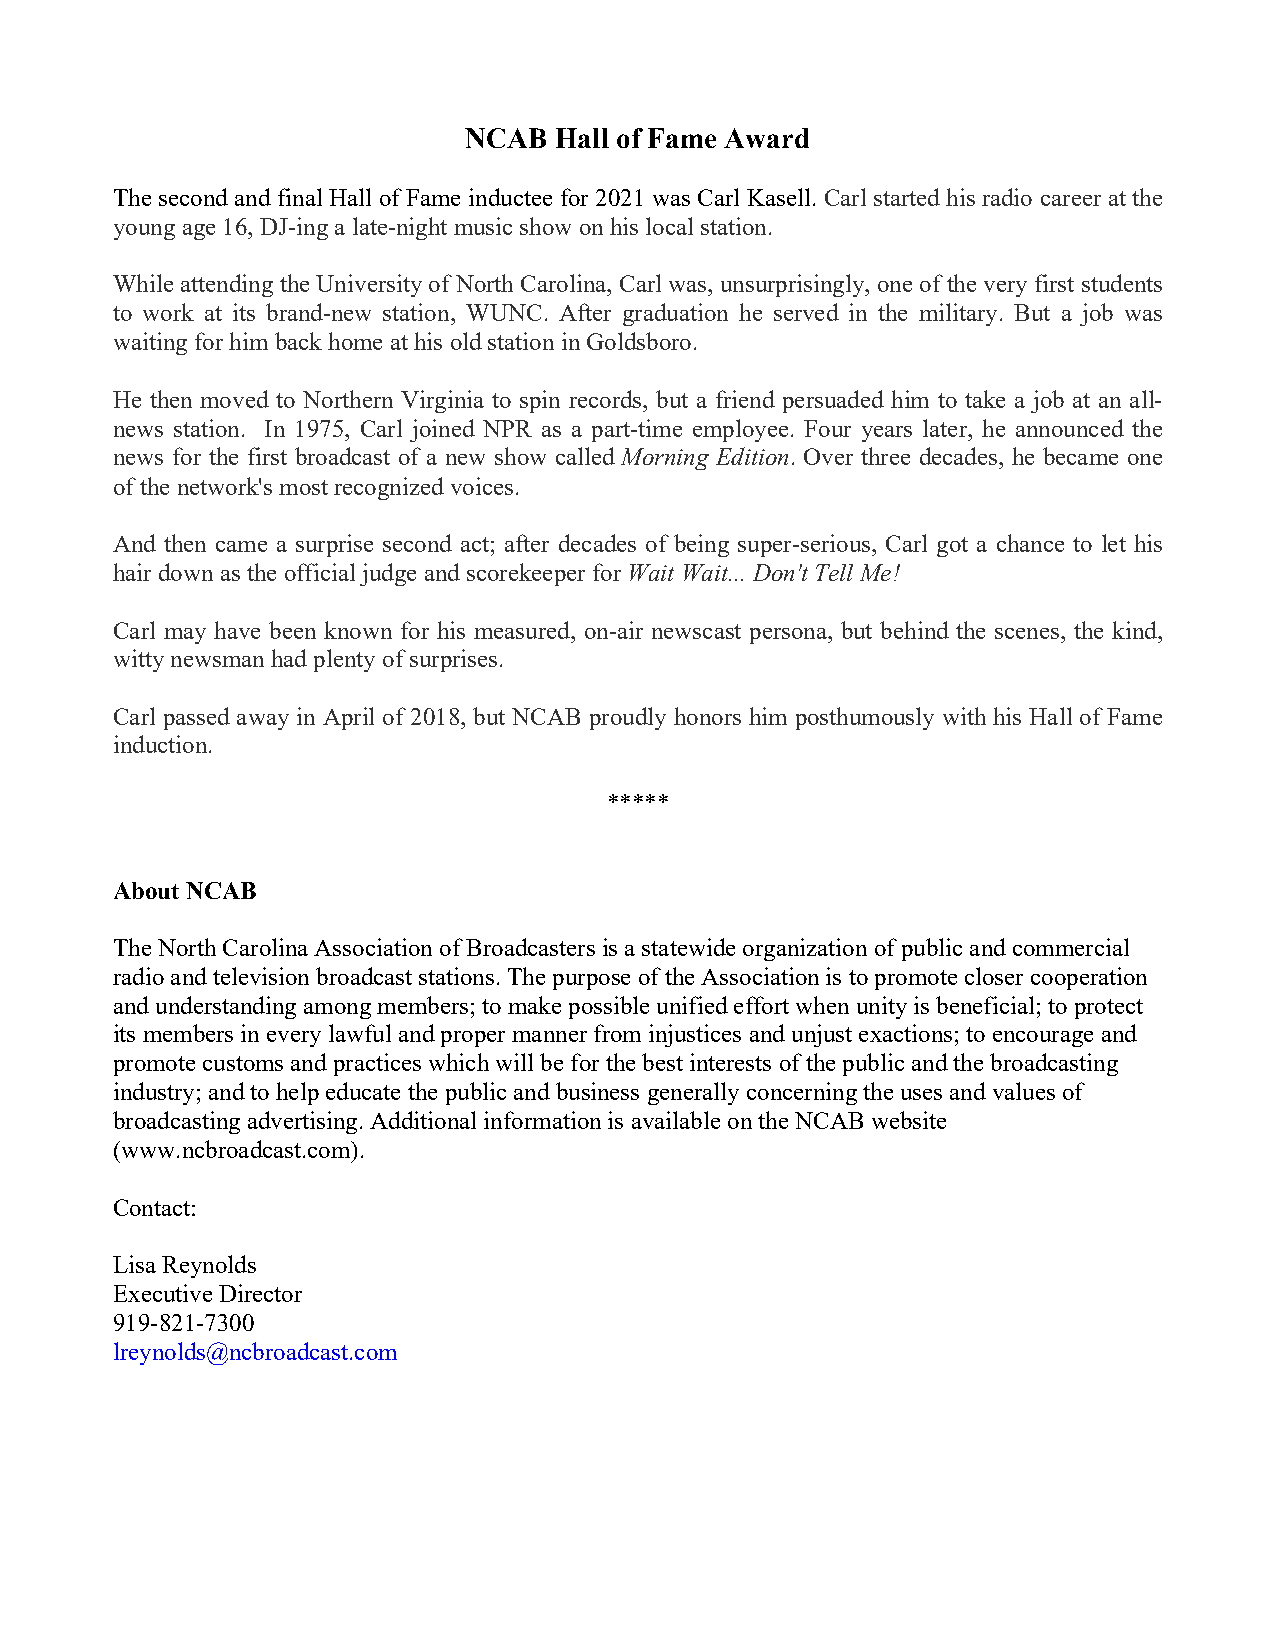
NCAB  Hall of Fame Award
 The second and final Hall of Fame inductee for 2021 was Carl Kasell. Carl started his radio career at the
 young age 16, DJ-ing a late-night music show on his local station.
 While attending the University of North Carolina, Carl was, unsurprisingly, one of the very first students
 to work at its brand-new station, WUNC. After graduation he served in the military. But a job was
 waiting for him back home at his old station in Goldsboro.
 He then moved to Northern Virginia to spin records, but a friend persuaded him to take a job at an all-
 news station. In 1975, Carl joined NPR as a part-time employee. Four years later, he announced the
 news for the first broadcast of a new show called Morning Edition. Over three decades, he became one
 of the network's most recognized voices.
 And then came a surprise second act; after decades of being super-serious, Carl got a chance to let his
 hair down as the official judge and scorekeeper for Wait Wait... Don't Tell Me!
 Carl may have been known for his measured, on-air newscast persona, but behind the scenes, the kind,
 witty newsman had plenty of surprises.
 Carl passed away in April of 2018, but NCAB proudly honors him posthumously with his Hall of Fame
 induction.
 *****
 About NCAB
 The North Carolina Association of Broadcasters is a statewide organization of public and commercial
 radio and television broadcast stations. The purpose of the Association is to promote closer cooperation
 and understanding among members; to make possible unified effort when unity is beneficial; to protect
 its members in every lawful and proper manner from injustices and unjust exactions; to encourage and
 promote customs and practices which will be for the best interests of the public and the broadcasting
 industry; and to help educate the public and business generally concerning the uses and values of
 broadcasting advertising. Additional information is available on the NCAB website
 (www.ncbroadcast.com).
 Contact:
 Lisa Reynolds
 Executive Director
 919-821-7300
 lreynolds@ncbroadcast.com